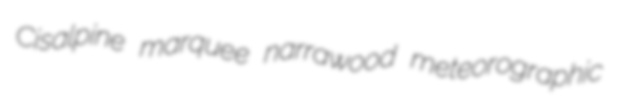
Cisalpine marquee narrawood meteorographic